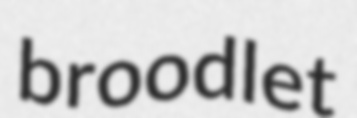
broodlet